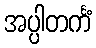
အပ္ပါတင်္ကံ